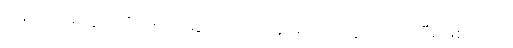
သည် အခါတွင် ကိုသက်ဆွေကလည်း ခုခံရန် ပြင်ဆင် ထားပြီး ဖြစ်သည်။